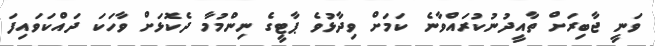
ވަނީ ޖާބިރަށް ތާއީދުނުކުރައްވާނެ ކަމަށް ވިދާޅުވެ ޕާޓީގެ ނިންމުމާ ދެކޮޅަށް ވާހަކަ ދައްކަވައިފަ